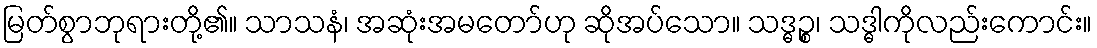
မြတ်စွာဘုရားတို့၏။ သာသနံ၊ အဆုံးအမတော်ဟု ဆိုအပ်သော။ သဒ္ဓဉ္စ၊ သဒ္ဓါကိုလည်းကောင်း။